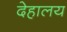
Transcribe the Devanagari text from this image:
देहालय